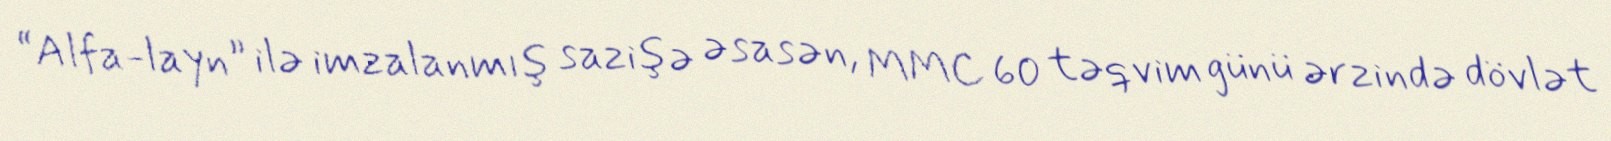
“Alfa-layn” ilə imzalanmış sazişə əsasən, MMC 60 təqvim günü ərzində dövlət